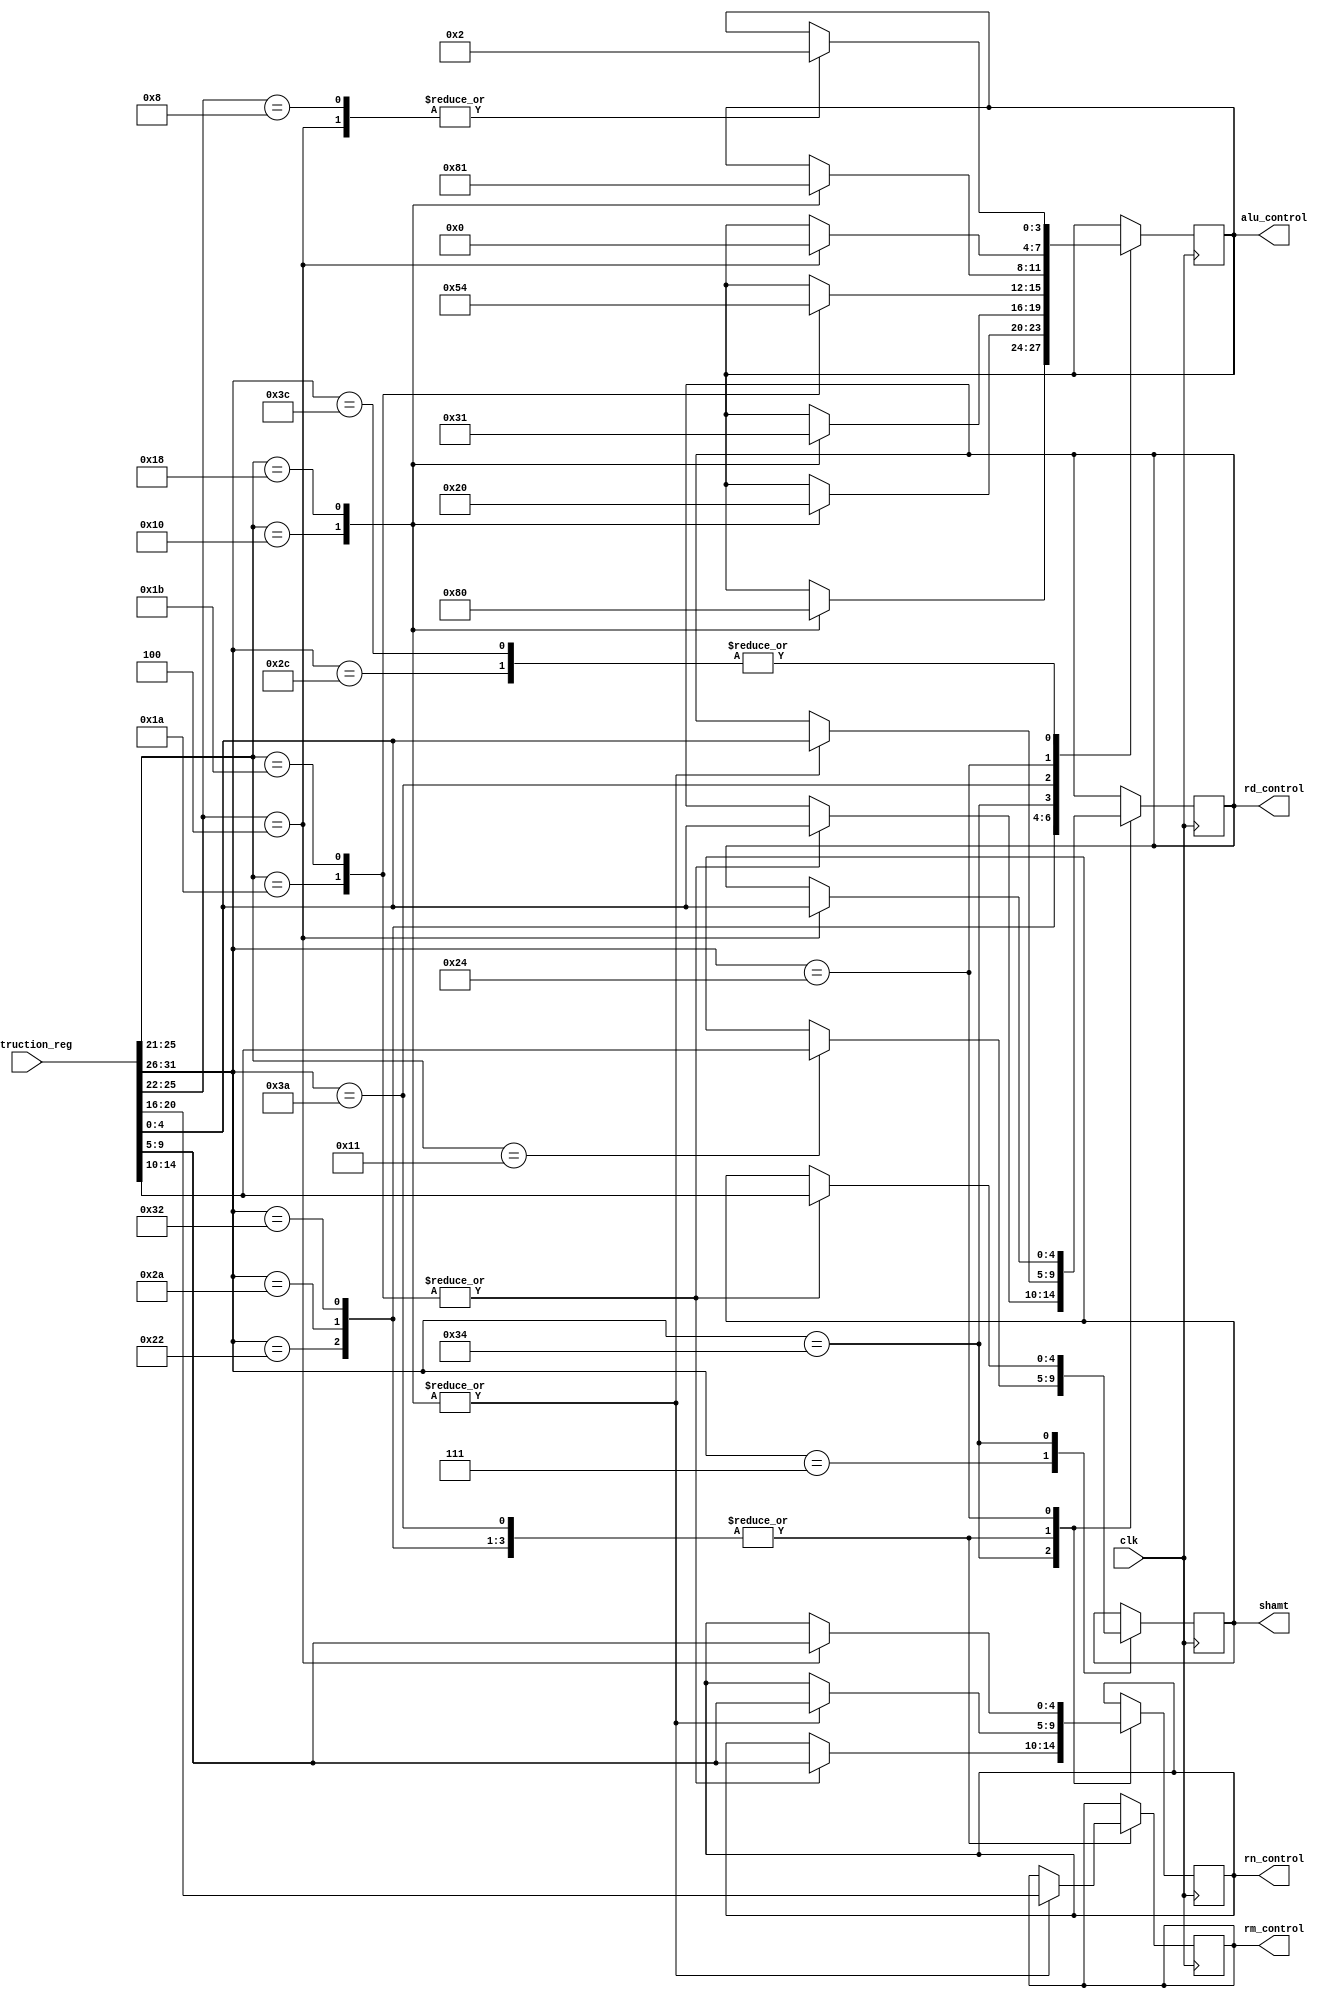
module obsidian_control_unit(input wire [31:0] instruction_reg,
                             input clk,
                             output reg [3:0] alu_control,
                             output reg [4:0] rm_control,
                             output reg [4:0] shamt,
                             output reg [4:0] rn_control,
                             output reg [4:0] rd_control);

  reg [5:0] pre_op; 
  reg [4:0] rest_of_op_r_type; 
  reg [4:0] rest_of_op_d_type; 
  reg [3:0] rest_of_op_i_type; 
  reg [1:0] rest_of_op_cb_type; 
  reg [11:0] alu_immediate;

  always @ (posedge clk) begin
    pre_op = instruction_reg[31:26];
    case (pre_op)
      6'b00_0111: begin
        rest_of_op_r_type = instruction_reg[25:21];
        case (rest_of_op_r_type)
          5'b1_0001: begin // FMULS - FSUBS 
            shamt = instruction_reg[15:10];
            case (shamt)
              6'b00_0010: begin // FMULS
              end
            endcase
          end
          5'b1_0011: begin // FMULD - FSUBD 
          end
        endcase
      end
      6'b10_0010: begin 
        rest_of_op_r_type = instruction_reg[25:21];
        case (rest_of_op_r_type)
          5'b1_0000: begin // AND
            alu_control = 4'b1000; 
            rm_control = instruction_reg[20:16];
            rn_control = instruction_reg[9:5];
            rd_control = instruction_reg[4:0];
          end
          5'b1_1000: begin // ADD
            alu_control = 4'b0000;
            rm_control = instruction_reg[20:16];
            rn_control = instruction_reg[9:5];
            rd_control = instruction_reg[4:0];
          end
        endcase
      end 
      6'b10_0110: begin
        rest_of_op_r_type = instruction_reg[25:21];
        case (rest_of_op_r_type)
          5'b1_0110: begin // SDIV - UDIV
          end
          5'b1_1000: begin // MUL
          end
          5'b1_1010: begin // SMULH 
          end
          5'b1_1110: begin // UMULH
          end
        endcase
      end
      6'b10_1010: begin 
        rest_of_op_r_type = instruction_reg[25:21];
        case (rest_of_op_r_type)
          5'b1_0000: begin //ORR
            alu_control = 4'b0010;
            rm_control = instruction_reg[20:16];
            rn_control = instruction_reg[9:5];
            rd_control = instruction_reg[4:0];
          end
          5'b1_1000: begin // ADDS
            alu_control = 4'b0000; 
            rm_control = instruction_reg[20:16];
            rn_control = instruction_reg[9:5];
            rd_control = instruction_reg[4:0];
          end
        endcase
      end
      6'b10_1111: begin 
        rest_of_op_r_type = instruction_reg[25:21];
        case (rest_of_op_r_type)
          5'b0_0000: begin // STURS
          end
          5'b0_0010: begin // LDURS
          end
        endcase
      end
      6'b11_0010: begin 
        rest_of_op_r_type = instruction_reg[25:21];
        case (rest_of_op_r_type)
          5'b1_0000: begin // EOR
            alu_control = 4'b0011;
            rm_control = instruction_reg[20:16];
            rn_control = instruction_reg[9:5];
            rd_control = instruction_reg[4:0];
          end
          5'b1_1000: begin // SUB
            alu_control = 4'b0001;
            rm_control = instruction_reg[20:16];
            rn_control = instruction_reg[9:5];
            rd_control = instruction_reg[4:0];
          end
        endcase
      end 
      6'b11_0100: begin 
        rest_of_op_r_type = instruction_reg[25:21];
        case (rest_of_op_r_type)
          5'b1_1010: begin // LSR
            alu_control = 4'b0101; 
            shamt = instruction_reg[15:10];
            rn_control = instruction_reg[9:5];
            rd_control = instruction_reg[4:0];
          end
          5'b1_1011: begin // LSL
            alu_control = 4'b0100;
            shamt = instruction_reg[15:10];
            rn_control = instruction_reg[9:5];
            rd_control = instruction_reg[4:0];
          end
        endcase
      end 
      6'b11_0101: begin 
        rest_of_op_r_type = instruction_reg[25:21];
        case (rest_of_op_r_type)
          5'b1_0000: begin // BR
          end
        endcase
      end
      6'b11_1010: begin 
        rest_of_op_r_type = instruction_reg[25:21];
        case (rest_of_op_r_type)
          5'b1_0000: begin // ANDS
            alu_control = 4'b1000; 
            rm_control = instruction_reg[20:16];
            rn_control = instruction_reg[9:5];
            rd_control = instruction_reg[4:0];
          end
          5'b1_1000: begin // SUBS
            alu_control = 4'b0001;
            rm_control = instruction_reg[20:16];
            rn_control = instruction_reg[9:5];
            rd_control = instruction_reg[4:0];
          end
        endcase
      end
      6'b11_1111: begin 
        rest_of_op_r_type = instruction_reg[25:21];
        case (rest_of_op_r_type)
          5'b0_0000: begin // STURD
          end
          5'b0_0010: begin // LDURD
          end
        endcase
      end
      // Begining of I Type
      6'b10_0100: begin
        rest_of_op_i_type = instruction_reg[25:22];
        case (rest_of_op_i_type)
          4'b0100: begin   // ADDI
            alu_control = 4'b0000; 
            alu_immediate = instruction_reg[21:10];
            rn_control = instruction_reg[9:5];
            rd_control = instruction_reg[4:0];
          end
          4'b1000: begin   // ANDI  
          end
        endcase
      end
      6'b10_1100: begin
        rest_of_op_i_type = instruction_reg[25:22];
        case (rest_of_op_i_type)
          4'b0100: begin   // ADDIS
            alu_control = 3'b010;
          end
          4'b1000: begin   // ORRI
            alu_control = 3'b010;
          end
        endcase
      end
      6'b11_0100: begin
        rest_of_op_i_type = instruction_reg[25:22];
        case (rest_of_op_i_type)
          4'b0100: begin   // SUBI
            alu_control = 3'b010;
          end
          4'b1000: begin   // EORI
            alu_control = 3'b010;
          end
        endcase
      end
      6'b11_1100: begin
        rest_of_op_i_type = instruction_reg[25:22];
        case (rest_of_op_i_type)
          4'b0100: begin   // SUBIS
            alu_control = 3'b010;
          end
          4'b1000: begin   // ANDIS
            alu_control = 3'b010;
          end
        endcase
      end
      // Begining of D Type
      6'b00_1110: begin 
        rest_of_op_d_type = instruction_reg[25:21];
        case (rest_of_op_d_type)
          5'b0_0000: begin // STURB
          end
          5'b0_0010: begin // LDURB
          end
        endcase
      end
      6'b01_1110: begin 
        rest_of_op_d_type = instruction_reg[25:21];
        case (rest_of_op_d_type)
          5'b0_0000: begin // STURH
          end
          5'b0_0010: begin // LDURH
          end
        endcase
      end
      6'b10_1110: begin 
        rest_of_op_d_type = instruction_reg[25:21];
        case (rest_of_op_d_type)
          5'b0_0000: begin // STURW
          end
          5'b0_0010: begin // LDURW
          end
        endcase
      end
      6'b11_0010: begin 
        rest_of_op_d_type = instruction_reg[25:21];
        case (rest_of_op_d_type)
          5'b0_0000: begin // STXR
          end
          5'b0_0010: begin // LDXR
          end
        endcase
      end
      6'b11_1110: begin 
        rest_of_op_d_type = instruction_reg[25:21];
        case (rest_of_op_d_type)
          5'b0_0000: begin // STUR
          end
          5'b0_0010: begin // LDUR
          end
        endcase
      end
      // Start of B
      6'b00_0101: begin // B 
      end
      6'b10_0101: begin // BL 
      end
      // START OF CB
      6'b11_1110: begin 
        rest_of_op_cb_type = instruction_reg[25:24];
        case (rest_of_op_cb_type)
          2'b0_0: begin // B.COND
          end
        endcase
      end
      6'b10_1101: begin 
        rest_of_op_cb_type = instruction_reg[25:24];
        case (rest_of_op_cb_type)
          2'b00: begin // CBZ
          end
          2'b01: begin // CBNZ
          end
        endcase
      end
    endcase
  end
endmodule

/* 6'b100110: begin //SMULH
rest_of_op = instruction_reg[26:21];
case(rest_of_op)
5'b11010: begin
alu_control = 3'b100;  
rm_control = instruction_reg[20:16];
rn_control = instruction_reg[9:5];
rd_control = instruction_reg[4:0];
end
endcase */
/* 6'b100010: begin  //ADD
alu_control = 3'b100;  //Not an actual value, still to look it up
rm_control = instruction_reg[20:16];
rn_control = instruction_reg[9:5];
rd_control = instruction_reg[4:0];
end
11'h488: begin  //ADD I
alu_control = 3'b000;  //Not an actual value, still to look it up
rm_control = instruction_reg[20:16];
rn_control = instruction_reg[9:5];
rd_control = instruction_reg[4:0];
end
11'h489: begin  // ADD I
alu_control = 3'b000;  //Not an actual value, still to look it up
rm_control = instruction_reg[20:16];
rn_control = instruction_reg[9:5];
rd_control = instruction_reg[4:0];
end
11'h490: begin  //AND I
alu_control = 3'b000;  //Not an actual value, still to look it up
rm_control = instruction_reg[20:16];
rn_control = instruction_reg[9:5];
rd_control = instruction_reg[4:0];
end
11'h491: begin  // AND I
alu_control = 3'b000;  //Not an actual value, still to look it up
rm_control = instruction_reg[20:16];
rn_control = instruction_reg[9:5];
rd_control = instruction_reg[4:0];
end
11'h4A0-4BF: begin  // BL (range)
alu_control = 3'b000;  //Not an actual value, still to look it up
rm_control = instruction_reg[20:16];
rn_control = instruction_reg[9:5];
rd_control = instruction_reg[4:0];
end
11'h4D6: begin  //Sdiv
alu_control = 3'b000;  //Not an actual value, still to look it up
rm_control = instruction_reg[20:16];
rn_control = instruction_reg[9:5];
rd_control = instruction_reg[4:0];
end
11'h4D6: begin  //Udiv
alu_control = 3'b000;  //Not an actual value, still to look it up
rm_control = instruction_reg[20:16];
rn_control = instruction_reg[9:5];
rd_control = instruction_reg[4:0];
end
11'h4D8: begin  //MUL
alu_control = 3'b000;  //Not an actual value, still to look it up
rm_control = instruction_reg[20:16];
rn_control = instruction_reg[9:5];
rd_control = instruction_reg[4:0];
end
11'h4DA: begin  // SMULH
alu_control = 3'b000;  //Not an actual value, still to look it up
rm_control = instruction_reg[20:16];
rn_control = instruction_reg[9:5];
rd_control = instruction_reg[4:0];
end
11'h4DE: begin  //UMULH
alu_control = 3'b000;  //Not an actual value, still to look it up
rm_control = instruction_reg[20:16];
rn_control = instruction_reg[9:5];
rd_control = instruction_reg[4:0];
end
11'h550: begin  //ORR
alu_control = 3'b001;  //Not an actual value, still to look it up
rm_control = instruction_reg[20:16];
rn_control = instruction_reg[9:5];
rd_control = instruction_reg[4:0];
end
11'h558: begin  //ADDS
alu_control = 3'b000;  //Not an actual value, still to look it up
rm_control = instruction_reg[20:16];
rn_control = instruction_reg[9:5];
rd_control = instruction_reg[4:0];
end
11'h588: begin  //ADDIS
alu_control = 3'b000;  //Not an actual value, still to look it up
rm_control = instruction_reg[20:16];
rn_control = instruction_reg[9:5];
rd_control = instruction_reg[4:0];
end
11'h589: begin  //ADDIS
alu_control = 3'b000;  //Not an actual value, still to look it up
rm_control = instruction_reg[20:16];
rn_control = instruction_reg[9:5];
rd_control = instruction_reg[4:0];
end
11'h590: begin  //ORRII
alu_control = 3'b000;  //Not an actual value, still to look it up
rm_control = instruction_reg[20:16];
rn_control = instruction_reg[9:5];
rd_control = instruction_reg[4:0];
end
11'h591: begin  //ORRII
alu_control = 3'b000;  //Not an actual value, still to look it up
rm_control = instruction_reg[20:16];
rn_control = instruction_reg[9:5];
rd_control = instruction_reg[4:0];
end
11'h5A0-5A7: begin  //CBZ
alu_control = 3'b000;  //Not an actual value, still to look it up
rm_control = instruction_reg[20:16];
rn_control = instruction_reg[9:5];
rd_control = instruction_reg[4:0];
end
11'h5A8-5AF: begin  //CBNZ
alu_control = 3'b000;  //Not an actual value, still to look it up
rm_control = instruction_reg[20:16];
rn_control = instruction_reg[9:5];
rd_control = instruction_reg[4:0];
end
11'h5C0: begin  // STURW
alu_control = 3'b000;  //Not an actual value, still to look it up
rm_control = instruction_reg[20:16];
rn_control = instruction_reg[9:5];
rd_control = instruction_reg[4:0];
end
11'h5C4: begin  //LDURSW
alu_control = 3'b000;  //Not an actual value, still to look it up
rm_control = instruction_reg[20:16];
rn_control = instruction_reg[9:5];
rd_control = instruction_reg[4:0];
end
11'h5E0: begin  //STURS
alu_control = 3'b000;  //Not an actual value, still to look it up
rm_control = instruction_reg[20:16];
rn_control = instruction_reg[9:5];
rd_control = instruction_reg[4:0];
end
11'h5E2: begin  //LDURS
alu_control = 3'b000;  //Not an actual value, still to look it up
rm_control = instruction_reg[20:16];
rn_control = instruction_reg[9:5];
rd_control = instruction_reg[4:0];
end
11'h640: begin  //STXR
alu_control = 3'b000;  //Not an actual value, still to look it up
rm_control = instruction_reg[20:16];
rn_control = instruction_reg[9:5];
rd_control = instruction_reg[4:0];
end
11'h642: begin  //LDXR
alu_control = 3'b000;  //Not an actual value, still to look it up
rm_control = instruction_reg[20:16];
rn_control = instruction_reg[9:5];
rd_control = instruction_reg[4:0];
end
11'h650: begin  //EOR
alu_control = 3'b000;  //Not an actual value, still to look it up
rm_control = instruction_reg[20:16];
rn_control = instruction_reg[9:5];
rd_control = instruction_reg[4:0];
end
11'h658: begin  //SUB
alu_control = 3'b000;  //Not an actual value, still to look it up
rm_control = instruction_reg[20:16];
rn_control = instruction_reg[9:5];
rd_control = instruction_reg[4:0];
end
11'h688: begin  //SUBI
alu_control = 3'b000;  //Not an actual value, still to look it up
rm_control = instruction_reg[20:16];
rn_control = instruction_reg[9:5];
rd_control = instruction_reg[4:0];
end
11'h689: begin  //SUBI
alu_control = 3'b000;  //Not an actual value, still to look it up
rm_control = instruction_reg[20:16];
rn_control = instruction_reg[9:5];
rd_control = instruction_reg[4:0];
end
11'h690: begin  //EORI
alu_control = 3'b000;  //Not an actual value, still to look it up
rm_control = instruction_reg[20:16];
rn_control = instruction_reg[9:5];
rd_control = instruction_reg[4:0];
end
11'h691: begin  //EORI
alu_control = 3'b000;  //Not an actual value, still to look it up
rm_control = instruction_reg[20:16];
rn_control = instruction_reg[9:5];
rd_control = instruction_reg[4:0];
end
11'h694-697: begin  //MOVZ
alu_control = 3'b000;  //Not an actual value, still to look it up
rm_control = instruction_reg[20:16];
rn_control = instruction_reg[9:5];
rd_control = instruction_reg[4:0];
end
11'h69A: begin  //LSR
alu_control = 3'b000;  //Not an actual value, still to look it up
rm_control = instruction_reg[20:16];
rn_control = instruction_reg[9:5];
rd_control = instruction_reg[4:0];
end
11'h69B: begin  //LSL
alu_control = 3'b000;  //Not an actual value, still to look it up
rm_control = instruction_reg[20:16];
rn_control = instruction_reg[9:5];
rd_control = instruction_reg[4:0];
end
11'h6B0: begin  //BR
alu_control = 3'b000;  //Not an actual value, still to look it up
rm_control = instruction_reg[20:16];
rn_control = instruction_reg[9:5];
rd_control = instruction_reg[4:0];
end
11'h750: begin  //ANDS
alu_control = 3'b000;  //Not an actual value, still to look it up
rm_control = instruction_reg[20:16];
rn_control = instruction_reg[9:5];
rd_control = instruction_reg[4:0];
end
11'h758: begin  //SUBS
alu_control = 3'b000;  //Not an actual value, still to look it up
rm_control = instruction_reg[20:16];
rn_control = instruction_reg[9:5];
rd_control = instruction_reg[4:0];
end
11'h788: begin  //SUBIS
alu_control = 3'b000;  //Not an actual value, still to look it up
rm_control = instruction_reg[20:16];
rn_control = instruction_reg[9:5];
rd_control = instruction_reg[4:0];
end
11'h789: begin  //SUBIS
alu_control = 3'b000;  //Not an actual value, still to look it up
rm_control = instruction_reg[20:16];
rn_control = instruction_reg[9:5];
rd_control = instruction_reg[4:0];
end
11'h790: begin  //ANDIS
alu_control = 3'b000;  //Not an actual value, still to look it up
rm_control = instruction_reg[20:16];
rn_control = instruction_reg[9:5];
rd_control = instruction_reg[4:0];
end
11'h791: begin  //ANDIS
alu_control = 3'b000;  //Not an actual value, still to look it up
rm_control = instruction_reg[20:16];
rn_control = instruction_reg[9:5];
rd_control = instruction_reg[4:0];
end
11'h794-797: begin //MOVK
alu_control = 3'b000;  //Not an actual value, still to look it up
rm_control = instruction_reg[20:16];
rn_control = instruction_reg[9:5];
rd_control = instruction_reg[4:0];
end
11'h7C0: begin  //STUR
alu_control = 3'b000;  //Not an actual value, still to look it up
rm_control = instruction_reg[20:16];
rn_control = instruction_reg[9:5];
rd_control = instruction_reg[4:0];
end
11'h7C2: begin  //LDUR
alu_control = 3'b000;  //Not an actual value, still to look it up
rm_control = instruction_reg[20:16];
rn_control = instruction_reg[9:5];
rd_control = instruction_reg[4:0];
end
11'h7E0: begin  //STURD
alu_control = 3'b000;  //Not an actual value, still to look it up
rm_control = instruction_reg[20:16];
rn_control = instruction_reg[9:5];
rd_control = instruction_reg[4:0];
end
11'h7E2-4BF: begin  //LDURD
alu_control = 3'b000;  //Not an actual value, still to look it up
rm_control = instruction_reg[20:16];
rn_control = instruction_reg[9:5];
rd_control = instruction_reg[4:0];
end

end
endcase */



//and 000
//or 001
//xor 010
//shift 011
//add 100